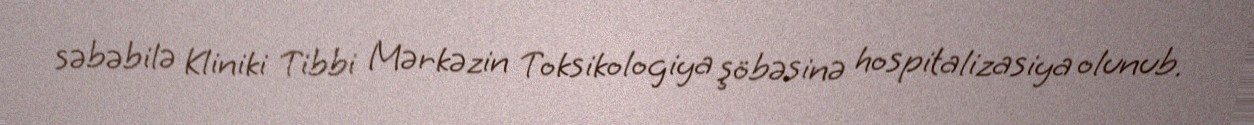
səbəbilə Kliniki Tibbi Mərkəzin Toksikologiya şöbəsinə hospitalizasiya olunub.